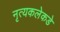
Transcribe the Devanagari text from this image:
नृत्यकलेकडे